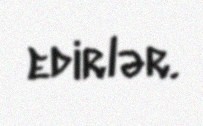
edirlər.